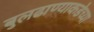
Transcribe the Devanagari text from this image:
बुलढाण्याकडेच्या